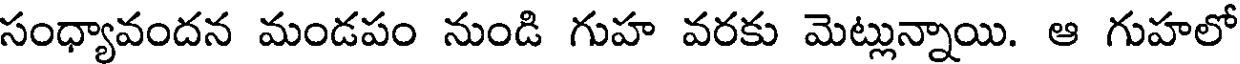
సంధ్యావందన మండపం నుండి గుహ వరకు మెట్లున్నాయి. ఆ గుహలో